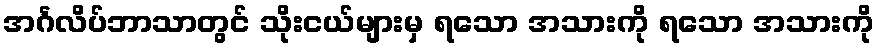
အင်္ဂလိပ်ဘာသာတွင် သိုးငယ်များမှ ရသော အသားကို ရသော အသားကို